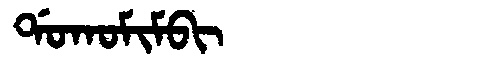
Manchu: ᡩᠣᡴᠣᠮᡳᠮᠪᡳ
Romanization: DOKOMIMBI